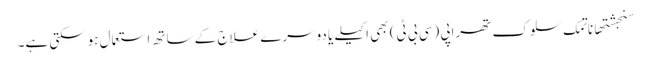
سنجشتھاناتمک سلوک تھراپی (سی بی ٹی) بھی اکیلے یا دوسرے علاج کے ساتھ استعمال ہوسکتی ہے۔